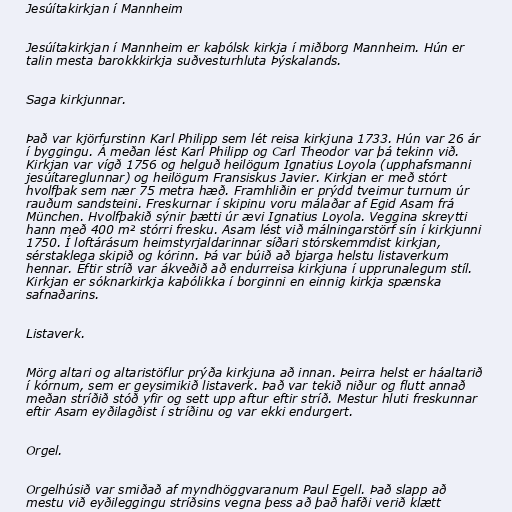
Jesúítakirkjan í Mannheim

Jesúítakirkjan í Mannheim er kaþólsk kirkja í miðborg Mannheim. Hún er
talin mesta barokkkirkja suðvesturhluta Þýskalands.

Saga kirkjunnar.

Það var kjörfurstinn Karl Philipp sem lét reisa kirkjuna 1733. Hún var 26 ár
í byggingu. Á meðan lést Karl Philipp og Carl Theodor var þá tekinn við.
Kirkjan var vígð 1756 og helguð heilögum Ignatius Loyola (upphafsmanni
jesúítareglunnar) og heilögum Fransiskus Javier. Kirkjan er með stórt
hvolfþak sem nær 75 metra hæð. Framhliðin er prýdd tveimur turnum úr
rauðum sandsteini. Freskurnar í skipinu voru málaðar af Egid Asam frá
München. Hvolfþakið sýnir þætti úr ævi Ignatius Loyola. Veggina skreytti
hann með 400 m² stórri fresku. Asam lést við málningarstörf sín í kirkjunni
1750. Í loftárásum heimstyrjaldarinnar síðari stórskemmdist kirkjan,
sérstaklega skipið og kórinn. Þá var búið að bjarga helstu listaverkum
hennar. Eftir stríð var ákveðið að endurreisa kirkjuna í upprunalegum stíl.
Kirkjan er sóknarkirkja kaþólikka í borginni en einnig kirkja spænska
safnaðarins.

Listaverk.

Mörg altari og altaristöflur prýða kirkjuna að innan. Þeirra helst er háaltarið
í kórnum, sem er geysimikið listaverk. Það var tekið niður og flutt annað
meðan stríðið stóð yfir og sett upp aftur eftir stríð. Mestur hluti freskunnar
eftir Asam eyðilagðist í stríðinu og var ekki endurgert.

Orgel.

Orgelhúsið var smiðað af myndhöggvaranum Paul Egell. Það slapp að
mestu við eyðileggingu stríðsins vegna þess að það hafði verið klætt